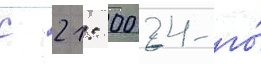
с 21: 00 24-го́